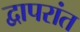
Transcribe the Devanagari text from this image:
द्वापरांत